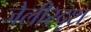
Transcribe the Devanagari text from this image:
जेलीस्दृश